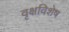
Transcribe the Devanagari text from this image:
वृक्षविशेष